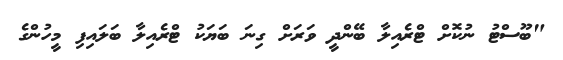
"ބޫސްޓު ނުކޮށް ޓްރެއިލާ ބޭންދީ ވަރަށް ގިނަ ބަޔަކު ޓްރެއިލާ ބަލައިފި މީހުންގެ